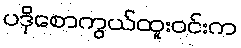
ပဒိုစောကွယ်ထူးဝင်းက